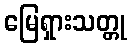
မြေရှားသတ္တု